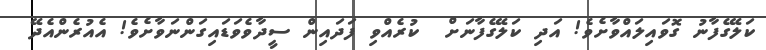
ކަލޭގެފާނު ގޮވައިލައްވާށެވެ! އަދި ކަލޭގެފާނަށް  ކުރެއްވި ފަދައިން ސީދާވެވަޑައިގަންނަވާށެވެ! އެއުރެންއެދޭ